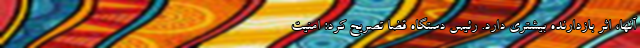
آنها، اثر بازدارنده بیشتری دارد. رئیس دستگاه قضا تصریح کرد: امنیت